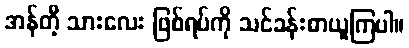
အန်တီ့ သားလေး ဖြစ်ရပ်ကို သင်ခန်းစာယူကြပါ။